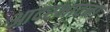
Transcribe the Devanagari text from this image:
आदरभावना